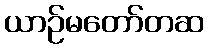
ယာဉ်မတော်တဆ